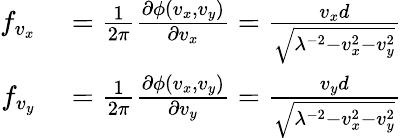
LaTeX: \begin{array}{rl}{f_{v_{x}}}&{{}=\frac{1}{2\pi}\frac{\partial\phi(v_{x},v_{y})}{\partial v_{x}}=\frac{v_{x}d}{\sqrt{\lambda^{-2}-v_{x}^{2}-v_{y}^{2}}}}\\ {f_{v_{y}}}&{{}=\frac{1}{2\pi}\frac{\partial\phi(v_{x},v_{y})}{\partial v_{y}}=\frac{v_{y}d}{\sqrt{\lambda^{-2}-v_{x}^{2}-v_{y}^{2}}}}\end{array}